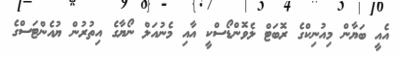
އެއީ ބަޔާން މިއުނިކްގެ ރޮބަޓް ލެވޮންޑޯސްކީ އާއި މެނުއަލް ނޯޔާގެ އިތުރުން ޔުއެންޓަސްގެ